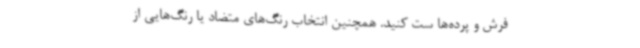
فرش و پرده‌ها ست کنید. همچنین انتخاب رنگ‌های متضاد یا رنگ‌هایی از